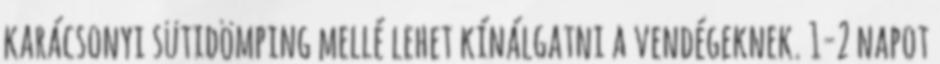
karácsonyi sütidömping mellé lehet kínálgatni a vendégeknek. 1-2 napot